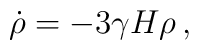
\dot{\rho}=-3\gamma H\rho\,,